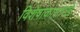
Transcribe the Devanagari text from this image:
विशेषांकासारखे